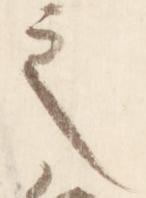
之